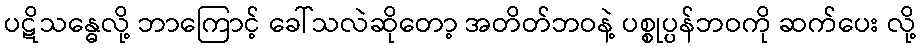
ပဋိသန္ဓေလို့ ဘာကြောင့် ခေါ်သလဲဆိုတော့ အတိတ်ဘဝနဲ့ ပစ္စုပ္ပန်ဘဝကို ဆက်ပေး လို့